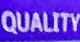
QUALITY